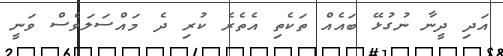
އަދި ދީނާ ނުގުޅޭ ބައެއް ތަކެތި އެތެރެ ކުރި ދެ މައްސަލަވެސް ވަނީ